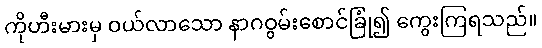
ကိုဟီးမားမှ ဝယ်လာသော နာဂဝွမ်းစောင်ခြုံ၍ ကွေးကြရသည်။